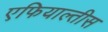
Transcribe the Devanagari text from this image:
एफियाल्तीस